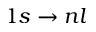
1 s \to n l